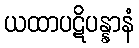
ယထာပဋိပန္နာနံ